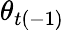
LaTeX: \theta_{t(-1)}